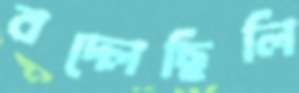
বদ্‌লেছিলি